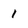
Character: 1